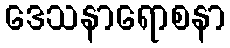
ဒေသနာရောစနာ